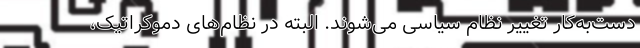
دست‌به‌کار تغییر نظام سیاسی می‌شوند. البته در نظام‌های دموکراتیک،